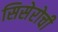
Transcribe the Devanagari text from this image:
सिसेरोची